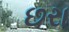
છરા